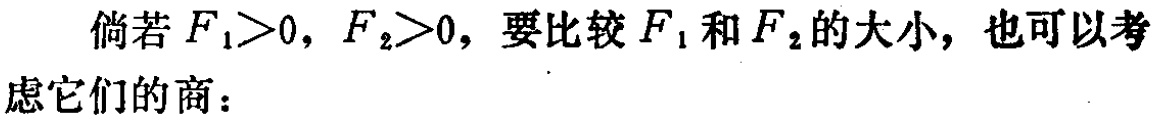
倘若 \(F_{1}>0\)，\(F_{2}>0\)，要比较 \(F_{1}\) 和 \(F_{2}\) 的大小，也可以考虑它们的商：